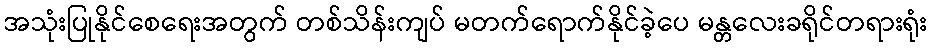
အသုံးပြုနိုင်စေရေးအတွက် တစ်သိန်းကျပ် မတက်ရောက်နိုင်ခဲ့ပေ မန္တလေးခရိုင်တရားရုံး